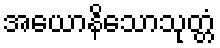
အယောနိသောသုတ္တံ